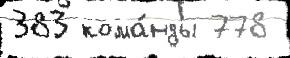
383 кома́нды 778